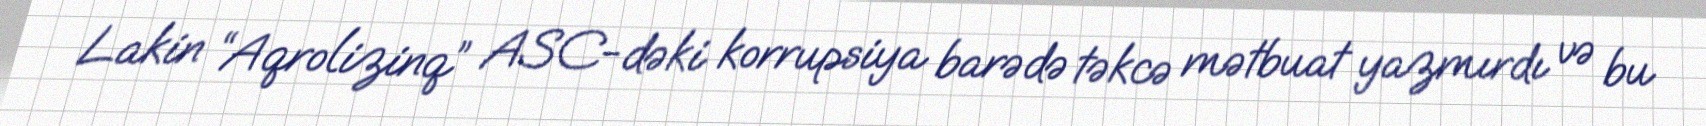
Lakin “Aqrolizinq” ASC-dəki korrupsiya barədə təkcə mətbuat yazmırdı və bu